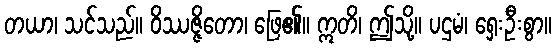
တယာ၊ သင်သည်။ ဝိဿဇ္ဇိတော၊ ဖြေ၏။ ဣတိ၊ ဤသို့။ ပဌမံ၊ ရှေးဦးစွာ။